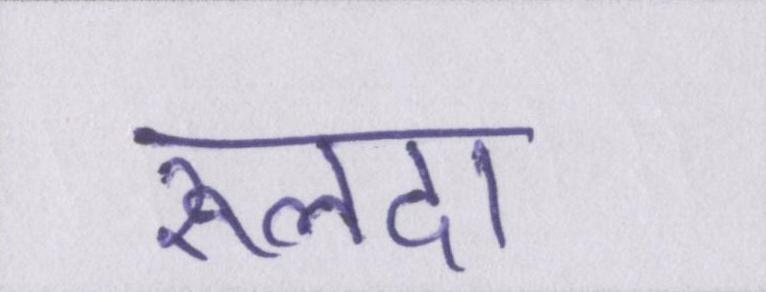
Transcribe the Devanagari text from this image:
रूलदा